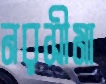
নরসীমা